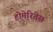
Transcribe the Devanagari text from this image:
होमेरितेस